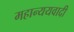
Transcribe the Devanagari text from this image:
महान्ययवादी